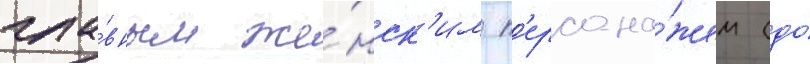
гла́вным же́нск'им п'ерсона́жем (до́